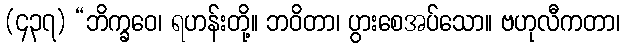
(၄၃၇) “ဘိက္ခဝေ၊ ရဟန်းတို့။ ဘဝိတာ၊ ပွားစေအပ်သော။ ဗဟုလီကတာ၊